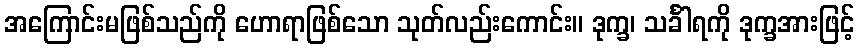
အကြောင်းမဖြစ်သည်ကို ဟောရာဖြစ်သော သုတ်လည်းကောင်း။ ဒုက္ခ၊ သင်္ခါရကို ဒုက္ခအားဖြင့်